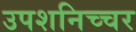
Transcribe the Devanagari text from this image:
उपशनिच्चर